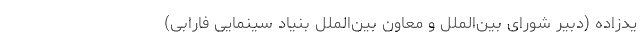
یدزاده (دبیر شورای بین‌الملل و معاون بین‌الملل بنیاد سینمایی فارابی)